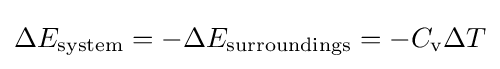
\Delta E_{\text{system}}=-\Delta E_{\text{surroundings}}=-C_{\text{v}}\Delta T